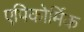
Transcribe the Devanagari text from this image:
एपिकोर्मिक